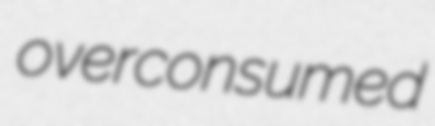
overconsumed